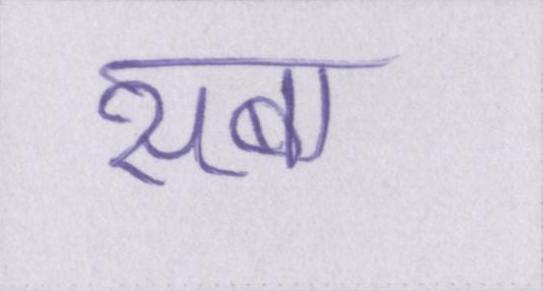
सबा